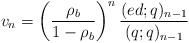
\begin{align*} v_n = \left(\frac{\rho_b}{1-\rho_b} \right)^n \frac{(ed;q)_{n-1}}{(q;q)_{n-1}}\end{align*}